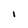
Character: I